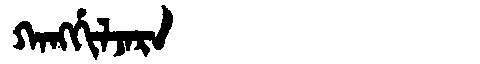
Manchu: ᡴᠠᠩᡤᡳᠯᠵᠠᡵᠠ
Romanization: KANGGILJARA